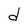
Character: d